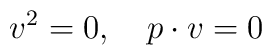
v^2=0,\quad p\cdot v=0